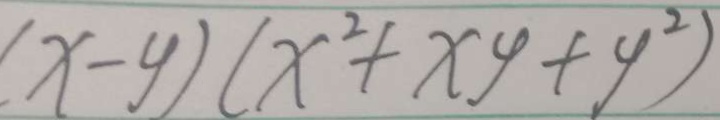
( x - y ) ( x ^ { 2 } + x y + y ^ { 2 } )